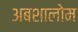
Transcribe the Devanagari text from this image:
अबशालोम